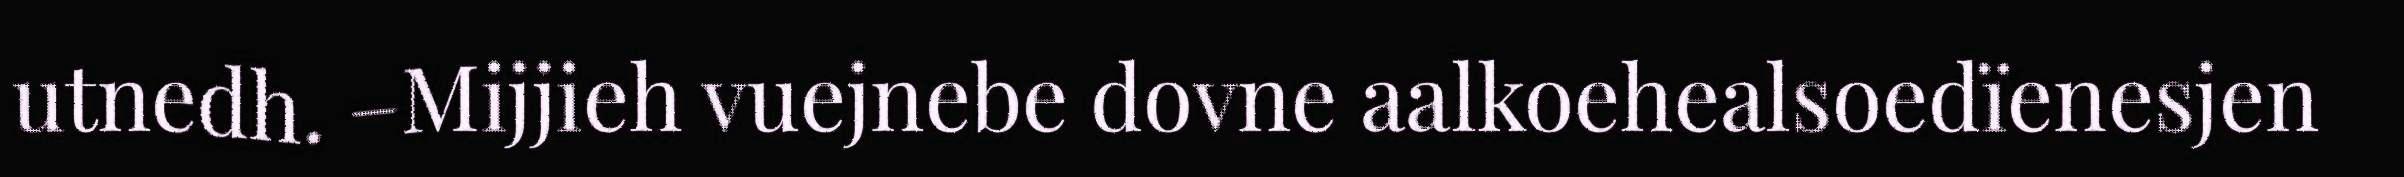
utnedh. –Mijjieh vuejnebe dovne aalkoehealsoedïenesjen